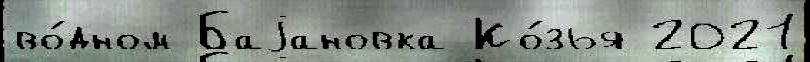
во́дном Баjановка Ко́зья 2021